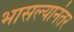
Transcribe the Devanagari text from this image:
भासल्यानंतर